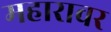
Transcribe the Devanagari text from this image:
महारावर